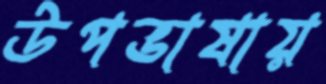
উপভাষায়